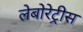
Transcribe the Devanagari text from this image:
लेबोरेट्रीस